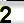
Digit: 2